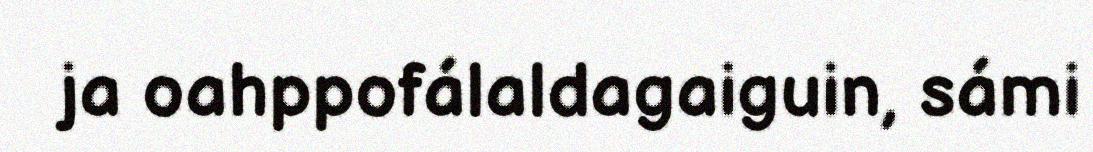
ja oahppofálaldagaiguin, sámi